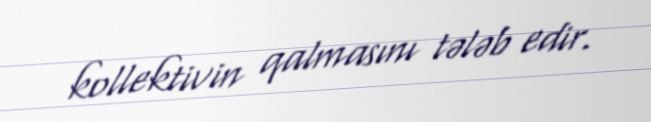
kollektivin qalmasını tələb edir.